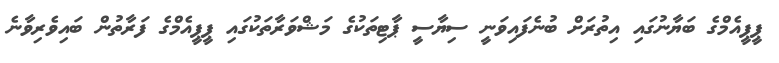
ޕީޕީއެމްގެ ބަޔާނުގައި އިތުރަށް ބުނެފައިވަނީ ސިޔާސީ ޕާޓިތަކުގެ މަޝްވަރާތަކުގައި ޕީޕީއެމްގެ ފަރާތުން ބައިވެރިވާނެ